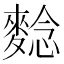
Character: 𪌿